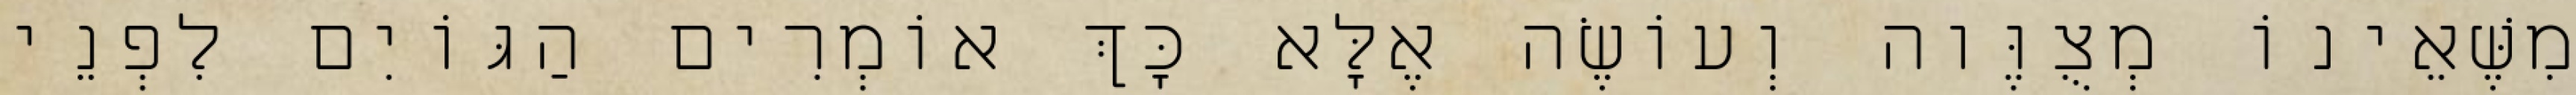
מִשֶּׁאֵינוֹ מְצֻוֶּוה וְעוֹשֶׂה אֶלָּא כָּךְ אוֹמְרִים הַגּוֹיִם לִפְנֵי